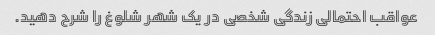
عواقب احتمالی زندگی شخصی در یک شهر شلوغ را شرح دهید.